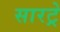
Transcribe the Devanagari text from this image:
सारट्रे